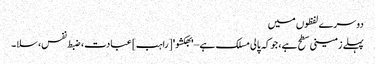
دوسرے لفظوں میں
پہلے زمینی سطح ہے، جو کہ پالی مسلک ہے – 'بھکشو' [راہب] عبادت، ضبط نفس، سلا۔